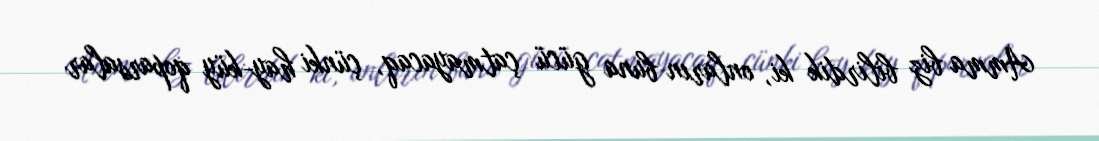
Amma biz bilirdik ki, onların buna gücü çatmayacaq, çünki hay-küy qoparsalar